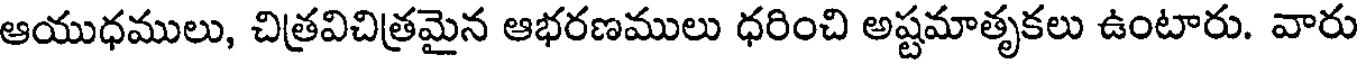
ఆయుధములు, చిత్రవిచిత్రమైన ఆభరణములు ధరించి అష్టమాతృకలు ఉంటారు. వారు